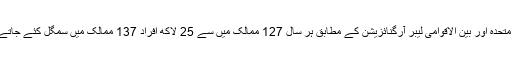
اقوام متحدہ اور بین الاقوامی لیبر آرگنائزیشن کے مطابق ہر سال 127 ممالک میں سے 25 لاکھ افراد 137 ممالک میں سمگل کئے جاتے ہیں۔